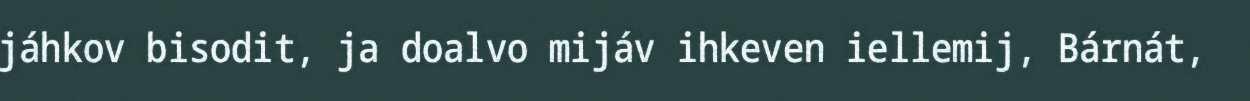
jáhkov bisodit, ja doalvo mijáv ihkeven iellemij, Bárnát,